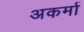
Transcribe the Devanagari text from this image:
अकर्मा